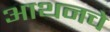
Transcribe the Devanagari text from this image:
आथनचे